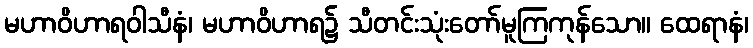
မဟာဝိဟာရဝါသီနံ၊ မဟာဝိဟာရ၌ သီတင်းသုံးတော်မူကြကုန်သော။ ထေရာနံ၊